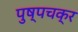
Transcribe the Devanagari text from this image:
पुष्पचक्र